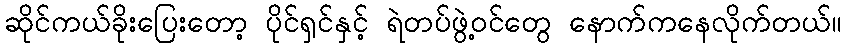
ဆိုင်ကယ်ခိုးပြေးတော့ ပိုင်ရှင်နှင့် ရဲတပ်ဖွဲ့ဝင်တွေ နောက်ကနေလိုက်တယ်။